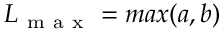
L _ { \mathrm { ~ m ~ a ~ x ~ } } = m a x ( a , b )